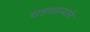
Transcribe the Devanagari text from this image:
सहकार्‍याने